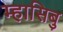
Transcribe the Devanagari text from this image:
म्हासिबु